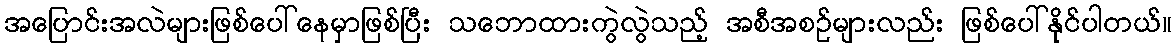
အပြောင်းအလဲများဖြစ်ပေါ်နေမှာဖြစ်ပြီး သဘောထားကွဲလွဲသည့် အစီအစဉ်များလည်း ဖြစ်ပေါ်နိုင်ပါတယ်။